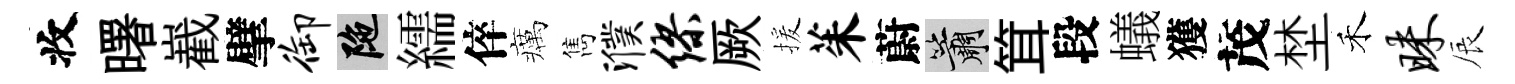
收曙嶻擘御陀繻倅癘雋濮缪厥援茱蔚簫䇯段蟻獲茂埜禾昧辰